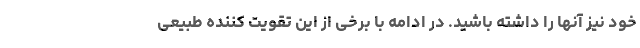
خود نیز آنها را داشته باشید. در ادامه با برخی از این تقویت کننده طبیعی